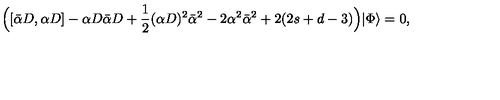
\Bigl ( [ \bar { \alpha } D , \alpha D ] - \alpha D \bar { \alpha } D + \frac { 1 } { 2 } ( \alpha D ) ^ { 2 } \bar { \alpha } ^ { 2 } - 2 \alpha ^ { 2 } \bar { \alpha } ^ { 2 } + 2 ( 2 s + d - 3 ) \Bigr ) | \Phi \rangle = 0 ,